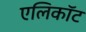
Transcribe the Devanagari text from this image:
एलिकॉट